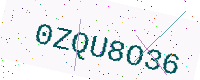
Text: 0ZQU8O36